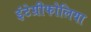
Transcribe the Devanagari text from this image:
इंटेग्रीफोलिया